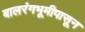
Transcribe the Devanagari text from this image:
बालरंगभूमीपासून